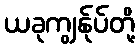
ယခုကျွန်ုပ်တို့